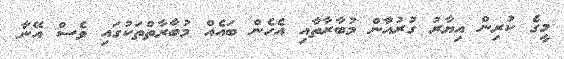
މީގެ ކުރިން އިޔާރު ގުރުއާން މުބާރާތާއި އެހެން ބައެއް މުބާރާތްތަކުގައި ވެސް އޭނާ